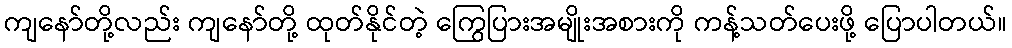
ကျနော်တို့လည်း ကျနော်တို့ ထုတ်နိုင်တဲ့ ကြွေပြားအမျိုးအစားကို ကန့်သတ်ပေးဖို့ ပြောပါတယ်။